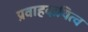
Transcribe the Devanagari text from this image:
प्रवाहदायित्व